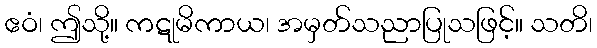
ဧဝံ၊ ဤသို့။ ကဋုမိကာယ၊ အမှတ်သညာပြုသဖြင့်။ သတိ၊